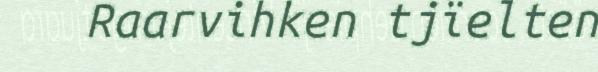
Raarvihken tjïelten